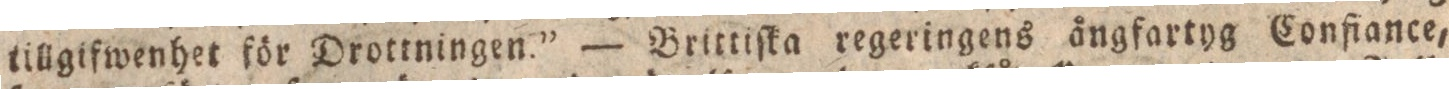
tillgifwenhet för Drottningen.” — Brittiſka regeringens ångfartyg Confiance,